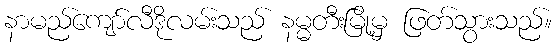
နာမည်ကျော်လီဒိုလမ်းသည် နမ္မတီးမြို့မှ ဖြတ်သွားသည်။